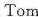
Tom